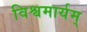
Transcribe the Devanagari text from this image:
विश्वमार्यम्‌